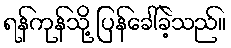
ရန်ကုန်သို့ ပြန်ခေါ်ခဲ့သည်။